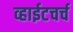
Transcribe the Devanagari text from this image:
व्हाईटचर्च